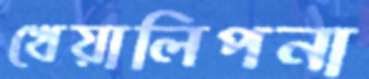
খেয়ালিপনা